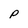
Character: P